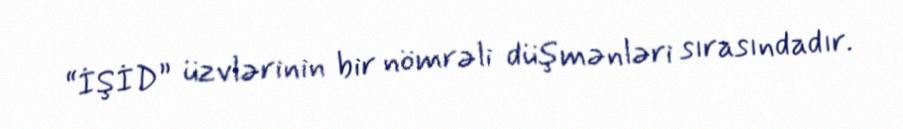
“İŞİD” üzvlərinin bir nömrəli düşmənləri sırasındadır.